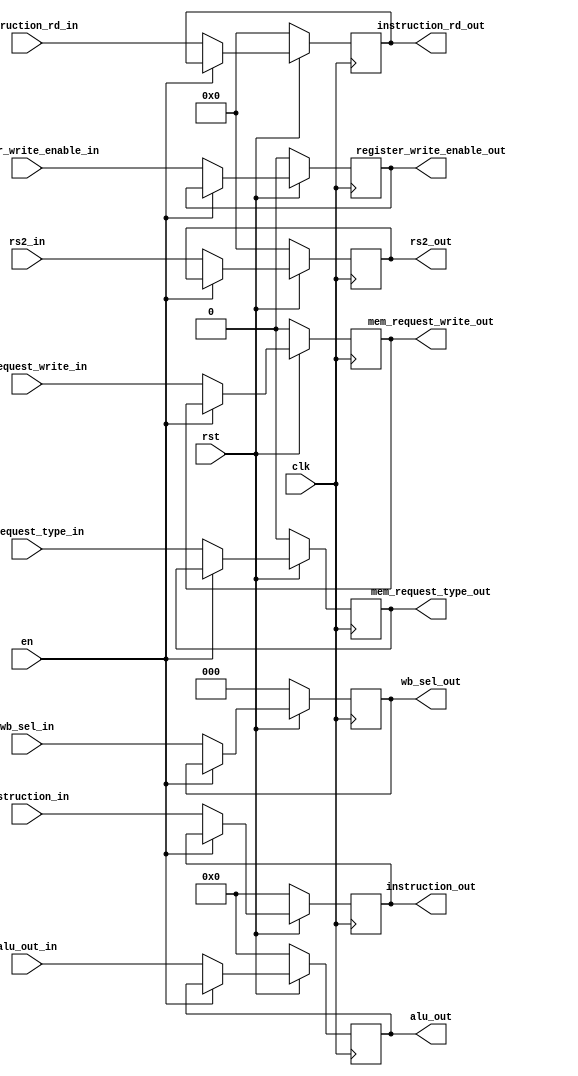
module register_EXMEM(
	output reg [31:0] alu_out,
	output reg [4:0] rs2_out,
	output reg [4:0] instruction_rd_out,
	output reg [31:0] instruction_out, 
	//controls to WB
	output reg register_write_enable_out,
	//controls to MEM
	output reg mem_request_write_out,
	output reg mem_request_type_out,
	output reg [2:0] wb_sel_out,
	input [31:0] alu_out_in,
	input [4:0] rs2_in,
	input [4:0] instruction_rd_in,
	input [31:0] instruction_in,
	input clk,
	input rst,
	input en,
	//controls to WB
	input register_write_enable_in,
	//controls to MEM
	input mem_request_write_in,
	input mem_request_type_in,
	input [2:0] wb_sel_in);

always@(posedge clk) begin
	if(rst == 0)begin
		alu_out = 0;
		rs2_out = 0;
		instruction_rd_out = 0;
		instruction_out = 0; 
		//controls to WB
		wb_sel_out = 0;
		register_write_enable_out = 0;
		//controls to MEM
		mem_request_write_out = 0;
		mem_request_type_out = 0;
		wb_sel_out = 3'b0;
	end
	else if(en == 0) begin
		alu_out <= alu_out_in;
		rs2_out <= rs2_in;
		instruction_rd_out <= instruction_rd_in;
		instruction_out <= instruction_in; 
		//controls to WB
		wb_sel_out <= wb_sel_in;
		register_write_enable_out <= register_write_enable_in;
		//controls to MEM
		mem_request_write_out <= mem_request_write_in;
		mem_request_type_out <= mem_request_type_in;
		wb_sel_out <= wb_sel_in;

	end
end



endmodule